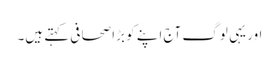
اور یہی لوگ آج اپنے کو بڑا صحافی کہتے ہیں۔